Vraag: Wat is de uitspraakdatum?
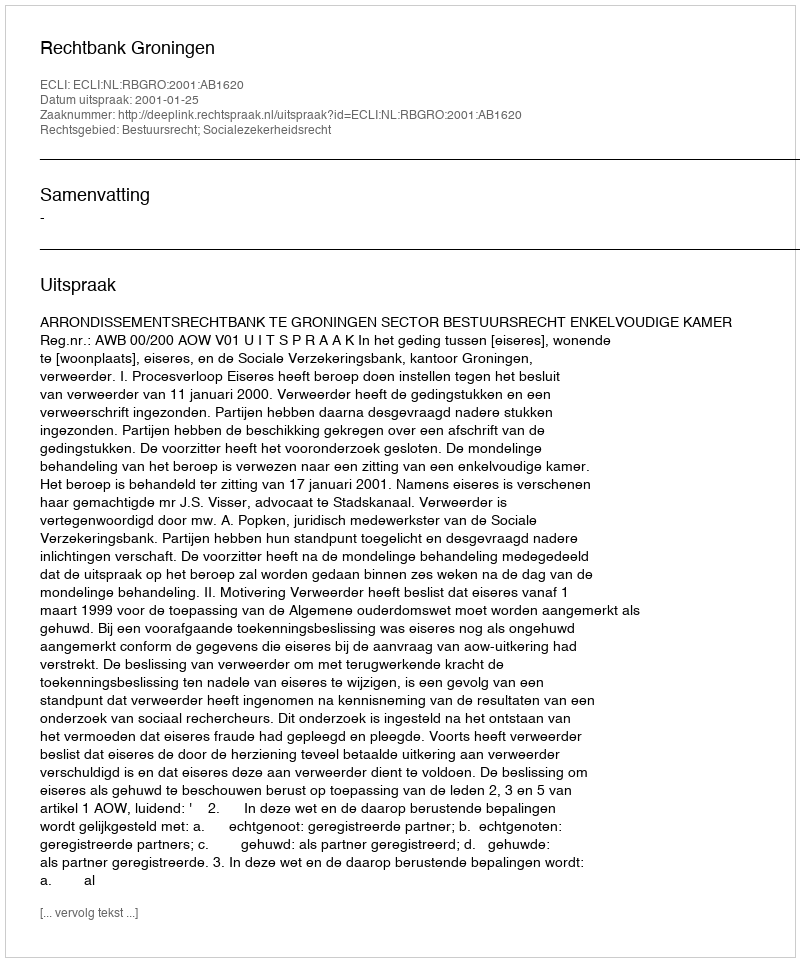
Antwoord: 2001-01-25